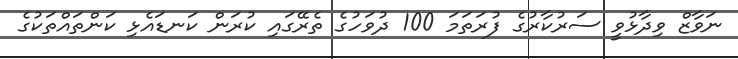
ނަވާޒް ވިދާޅުވީ ސަރުކާރުގެ ފުރަތަމަ 100 ދުވަހުގެ ތެރޭގައި ކުރަން ކަނޑައެޅި ކަންތައްތަކުގެ